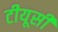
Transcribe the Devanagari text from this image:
टीयूसी